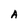
Character: A